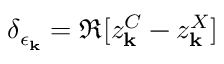
\delta _ { \epsilon _ { \bf k } } = \Re [ z _ { \bf k } ^ { C } - z _ { \bf k } ^ { X } ]